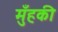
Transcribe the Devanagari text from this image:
मुँहकी